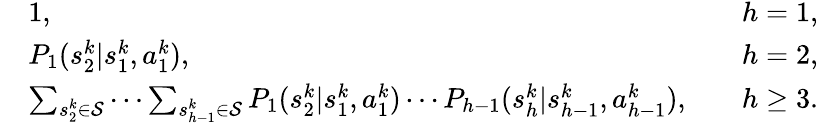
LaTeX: \begin{array}{rlr}&{1,\quad}&{h=1,}\\ &{P_{1}(s_{2}^{k}\vert s_{1}^{k},a_{1}^{k}),\quad}&{h=2,}\\ &{\sum_{s_{2}^{k}\in\mathcal{S}}\cdots\sum_{s_{h-1}^{k}\in\mathcal{S}}P_{1}(s_{2}^{k}\vert s_{1}^{k},a_{1}^{k})\cdots P_{h-1}(s_{h}^{k}\vert s_{h-1}^{k},a_{h-1}^{k}),\quad}&{h\geq 3.}\end{array}